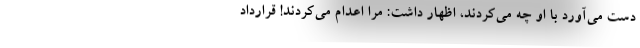
دست می‌آورد با او چه می‌کردند، اظهار داشت: مرا اعدام می‌کردند! قرارداد